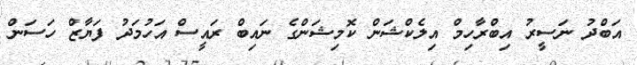
އަބްދު ނަސީރު އިބްރާހިމް އިލެކްޝަން ކޮމިޝަންގެ ނައިބް ރައީސް އަހުމަދު ފަޔާޒް ހަސަން